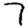
Digit: 7